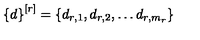
\left\{ d \right\} ^ { [ r ] } = \left\{ d _ { r , 1 } , d _ { r , 2 } , \ldots d _ { r , m _ { r } } \right\}